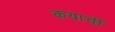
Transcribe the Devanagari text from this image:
कयाचीं